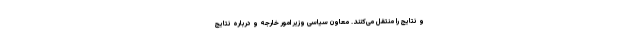
و نتایج را منتقل می‌کنند. معاون سیاسی وزیر امور خارجه و درباره نتایج